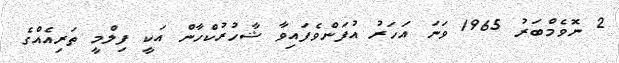
2 ނޮވެމްބަރު 1965 ވަނަ އަހަރު އުފަންވެފައިވާ ޝާހުރުކްހާން އަކީ ފިލްމީ ތަރިއެއްގެ